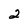
Character: 2